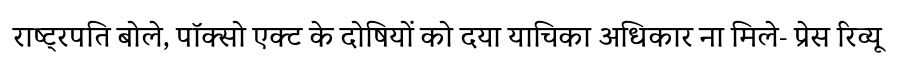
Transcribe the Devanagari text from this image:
राष्ट्रपति बोले, पॉक्सो एक्ट के दोषियों को दया याचिका अधिकार ना मिले- प्रेस रिव्यू